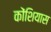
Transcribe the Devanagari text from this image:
कोंशियास